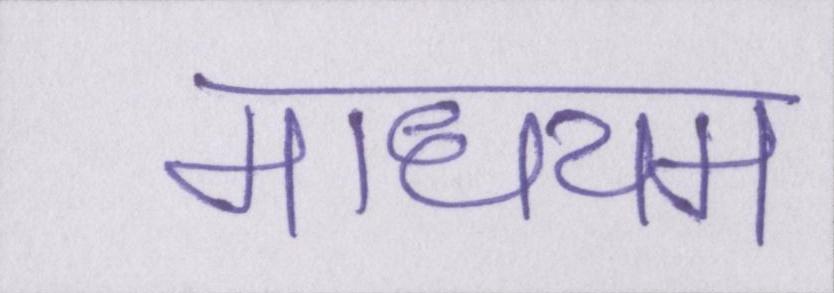
माधयम